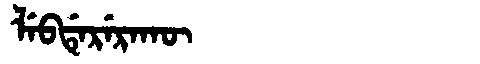
Manchu: ᠯᡝᠪᡩᡝᡵᡝᡵᠠᡴᡡ
Romanization: LEBDERERAKŪ